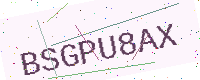
Text: BSGPU8AX